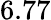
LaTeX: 6.77